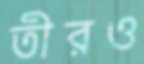
তীরও